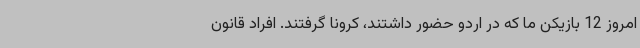
امروز 12 بازیکن ما که در اردو حضور داشتند، کرونا گرفتند. افراد قانون